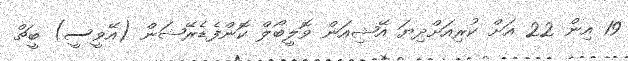
19 އިން 22 އަށް ކުރިއަށްދިޔަ އޭޝިއަން ވޮލީބޯލް ކޮންފެޑެރޭޝަން (އޭވީސީ) ބީޗް